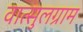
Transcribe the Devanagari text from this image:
वात्सुलग्राम